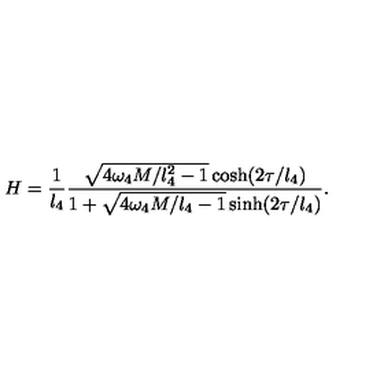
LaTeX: H = \frac { 1 } { l _ { 4 } } \frac { \sqrt { 4 \omega _ { 4 } M / l _ { 4 } ^ { 2 } - 1 } \cosh ( 2 \tau / l _ { 4 } ) } { 1 + \sqrt { 4 \omega _ { 4 } M / l _ { 4 } - 1 } \sinh ( 2 \tau / l _ { 4 } ) } .